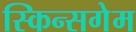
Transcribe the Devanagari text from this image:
स्किन्सगेम